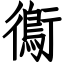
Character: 鵆